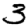
Digit: 3